Election expenses, 1925, 1925
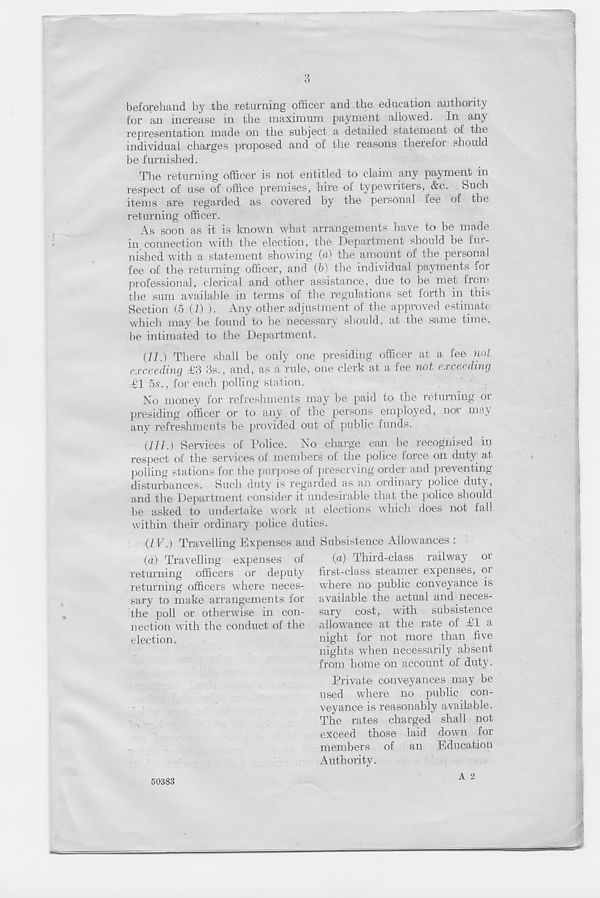
3
beforehand by the returning officer and the education authority
for an increase in the maximum payment allowed. In any
representation made on the subject a detailed statement of the
individual charges proposed and of the reasons therefor should
be furnished.
The returning officer is not entitled to claim any payment in
respect of use of office premises, hire of typewriters, &c. Such
items are regarded as covered by the personal fee of the
returning officer.
As soon as it is known what arrangements have to be made
in connection with the election, the Department should be fur-
nished with a statement showing ffi) the amount of the personal
fee of the returning officer, and (b) the individual payments for
professional, clerical and other assistance, due to be met from
the sum available in terms of the regulations set forth in this
Section (5 (I) ). Any other adjustment of the approved estimate
which may be found to be necessary should, at the same time,
be intimated to the Department.
(II.) There shall be only one presiding officer at a fee not
exceeding £3 3s., and, as a rule, one clerk at a fee not exceeding
£1 5s., for each polling station.
No money for refreshments may be paid to the returning or
presiding officer or to any of the persons employed, nor may
any refreshments be provided out of public funds.
(III.) Services of Police. No charge can be recognised in
respect of the services of members of the police force on duty at
polling stations for the purpose of preserving order and preventing
disturbances. Such duty is regarded as an ordinary police (lut\,
and the Department consider it undesirable that the police should
be asked to undertake work at elections which does not fall
within their ordinary police duties.
(IV.) Travelling Expenses and Subsistence Allowances :
(a) Travelling expenses of
returning officers or deputy
returning officers where neces-
sary to make arrangements for
the poll or otherwise in con-
nection with the conduct of the
election.
(a) Third-class railway or
first-class steamer expenses, or
where no public conveyance is
available the actual and neces-
sary cost, with subsistence
allowance at the rate of El a
night for not more than five
nights when necessarily absent
from home on account of duty.
Private conveyances may be
used where no public con-
veyance is reasonably available.
The rates charged shall not
exceed those laid down for
members of an Education
Authority.
A 2
50383